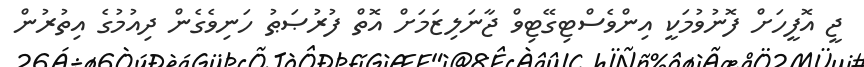
ޖީ އޮފީހަށް ފޮނުވުމަކީ އިންވެސްޓިގޭޓިވް ޖާނަލިޒަމަށް އޮތް ފުރުޞަޠު ހަނިވެގެން ދިއުމުގެ އިތުރުން